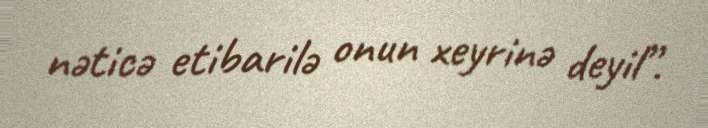
nəticə etibarilə onun xeyrinə deyil”.